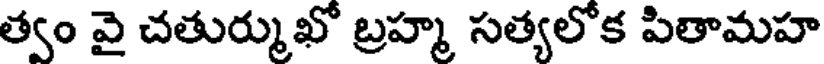
త్వం వై చతుర్ముఖో బ్రహ్మ సత్యలోక పితామహ